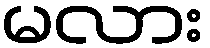
မလား